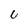
Character: U